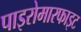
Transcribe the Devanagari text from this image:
पाइरोमारफाइट